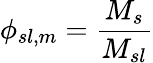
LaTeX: \phi_{sl,m}={\frac{M_{s}}{M_{sl}}}